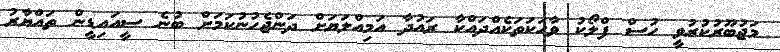
މަޖުބޫރުކުރުވީ ހުސް ފްލޯކު ވާހަކަތަކެއްދައްކާ ރައުދާ އަމިއްލަޔަށް ދަންޖެހުނުކަމަށް ބުނެ ސީއައިޑީން ތައްޔާރު